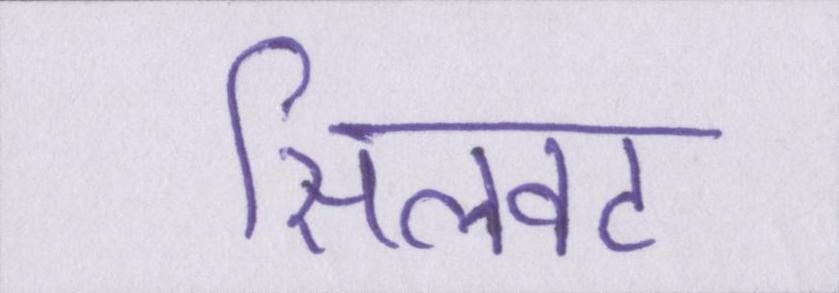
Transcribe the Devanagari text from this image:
सिलवट